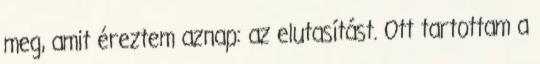
meg, amit éreztem aznap: az elutasítást. Ott tartottam a